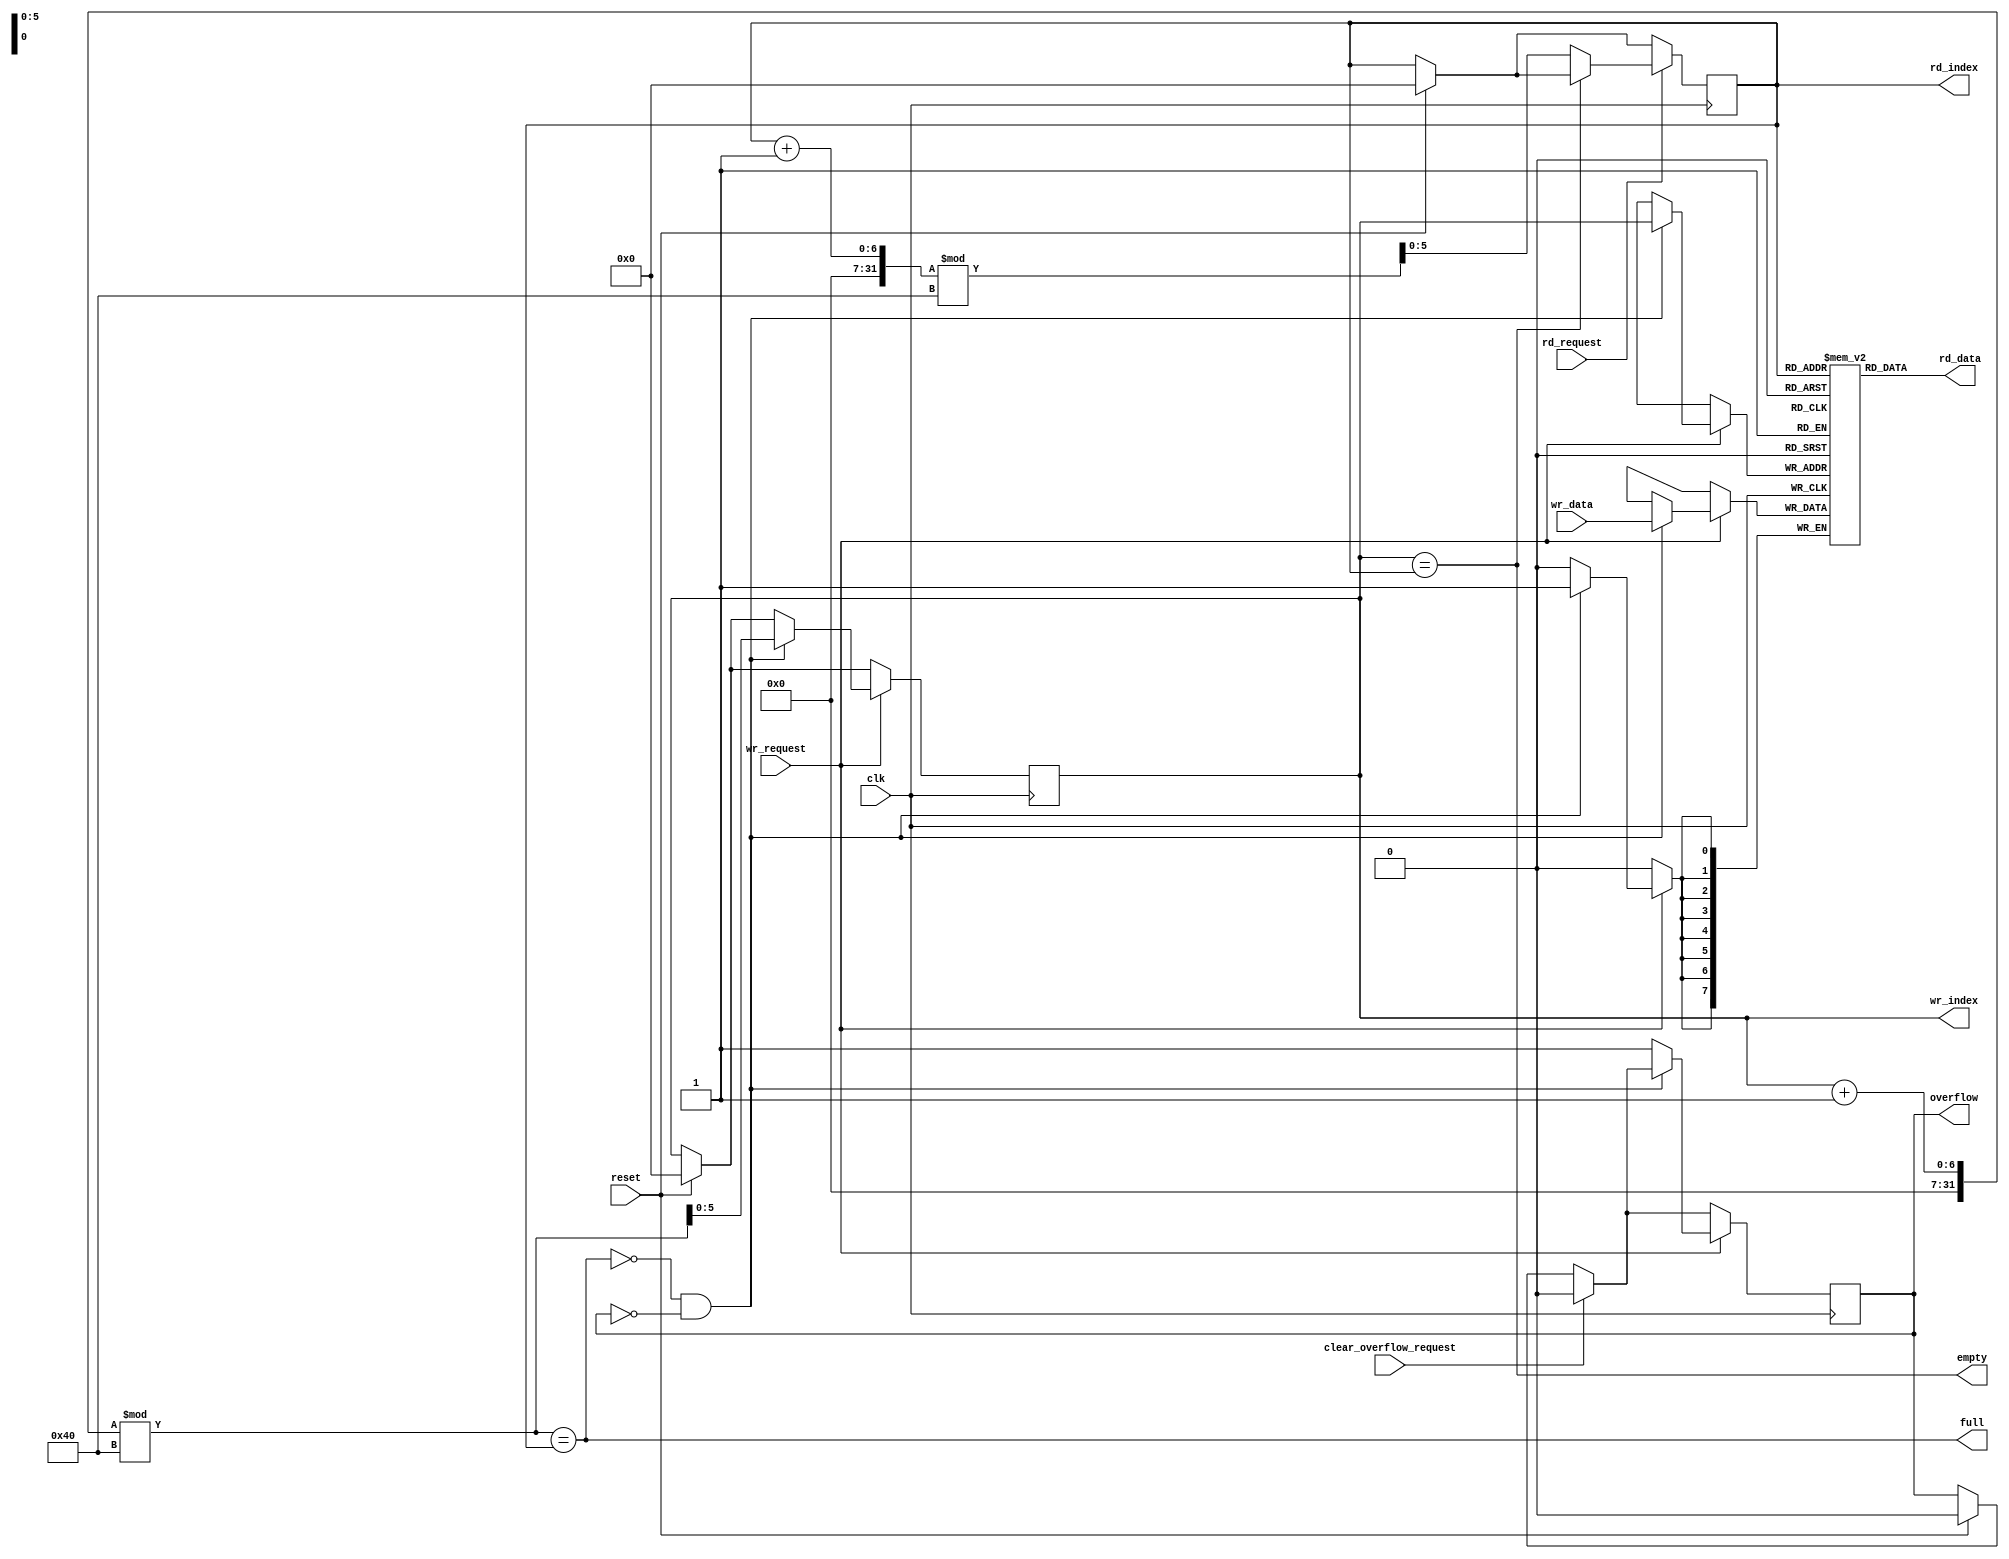
//fifo and edge detector for i2c ip

module fifo(					 //W = 8 (data width) //N = 63 (depth) //M = 6 (2^6 = 64 = N)
	input clk, 							
	input reset, 						
	input [7:0] wr_data,			 		
	input wr_request, 					
	output [7:0] rd_data, 
	input rd_request, 					
	output empty, 
	output full, 
	output reg overflow, 
	input clear_overflow_request, 	
	output reg [5:0] wr_index,			
	output reg [5:0] rd_index);		
	
	reg [7:0] fifo_buffer [63:0];    //2D array fifo buffer 
	parameter N = 64;
	
	assign full = ((wr_index + 1) % N == rd_index);
	assign empty = (wr_index == rd_index);
	assign rd_data = fifo_buffer[rd_index];
	
	always @ (posedge(clk))
	begin
		if(reset)
		begin
			wr_index <= 0; 
			rd_index <= 0;
			overflow <= 1'b0;
		end
		
		if(clear_overflow_request)
			overflow <= 1'b0;
		
		if(wr_request)
		begin 
			if(!full & !overflow)	//if not full & no overflow
			begin
				fifo_buffer[wr_index] <= wr_data;	
				wr_index <= (wr_index + 1) % N;
			end
			
			else	//fifo is full or overflow is set
				overflow <= 1'b1; 
		end
		
		if(rd_request)
		begin 
			if(!empty)	//if not empty
			begin
				rd_index <= (rd_index + 1) % N; 
			end
		end
	end
endmodule

module edge_detect(
	input clk, 
	input in, 
	output pulse); 

	reg prev;
	reg pre_out; 
	wire detected = !prev & in; 
	
	assign pulse = pre_out; 
	always @ (posedge(clk))
	begin
	    prev <= in; 
		pre_out <= detected;
	end	
endmodule